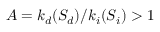
A = { k _ { d } ( S _ { d } ) } / { k _ { i } ( S _ { i } ) } > 1